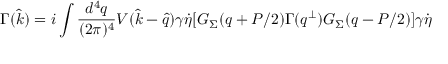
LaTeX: \Gamma ( { \hat { k } } ) = i \int { \frac { d ^ { 4 } q } { ( 2 \pi ) ^ { 4 } } } V ( { \hat { k } } - { \hat { q } } ) \gamma \dot { \eta } [ G _ { \Sigma } ( q + P / 2 ) \Gamma ( q ^ { \perp } ) G _ { \Sigma } ( q - P / 2 ) ] \gamma \dot { \eta }